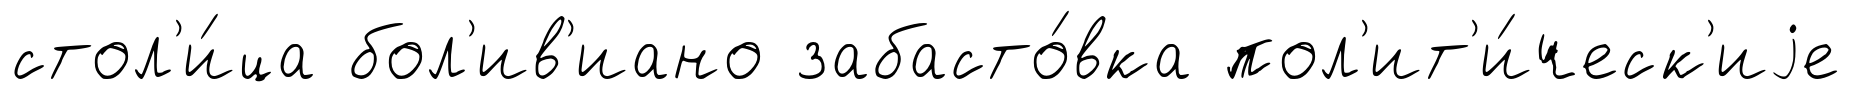
стол'и́ца бол'ив'иано забасто́вка пол'ит'и́ческ'иjе